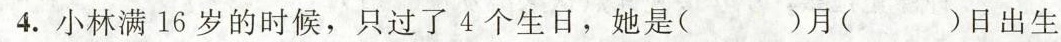
4.小林满16岁的时候，只过了4个生日，她是( )月( )日出生